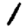
Digit: 1